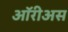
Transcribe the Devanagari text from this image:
ऑरीअस